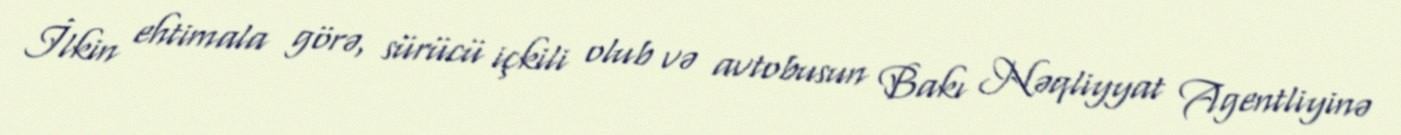
İlkin ehtimala görə, sürücü içkili olub və avtobusun Bakı Nəqliyyat Agentliyinə